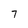
Character: 7